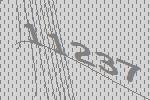
11237